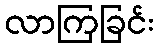
လာကြခြင်း